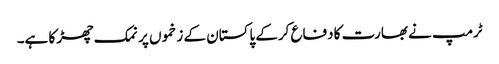
ٹرمپ نے بھارت کا دفاع کرکے پاکستان کے زخموں پر نمک چھڑکا ہے۔